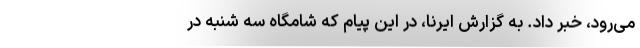
می‌رود، خبر داد. به گزارش ایرنا،‌ در این پیام که شامگاه سه شنبه در